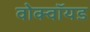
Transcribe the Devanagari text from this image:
वोक्वॉयड